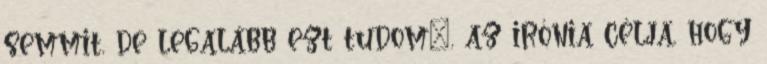
semmit, de legalább ezt tudom”, az irónia célja, hogy